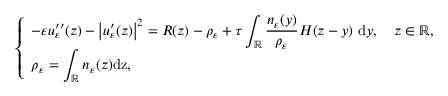
\left\{ \begin{array} { l l } { - \varepsilon u _ { \varepsilon } ^ { \prime \prime } ( z ) - \left| u _ { \varepsilon } ^ { \prime } ( z ) \right| ^ { 2 } = R ( z ) - \rho _ { \varepsilon } + \tau \displaystyle \int _ { \mathbb { R } } \frac { n _ { \varepsilon } ( y ) } { \rho _ { \varepsilon } } H ( z - y ) \ \mathrm { d } y , \quad z \in \mathbb { R } , } \\ { \rho _ { \varepsilon } = \displaystyle \int _ { \mathbb { R } } n _ { \varepsilon } ( z ) \mathrm { d z } , } \end{array} \right.